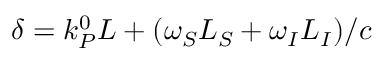
\delta = k _ { P } ^ { 0 } L + ( \omega _ { S } L _ { S } + \omega _ { I } L _ { I } ) / c